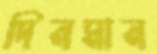
দিনমান